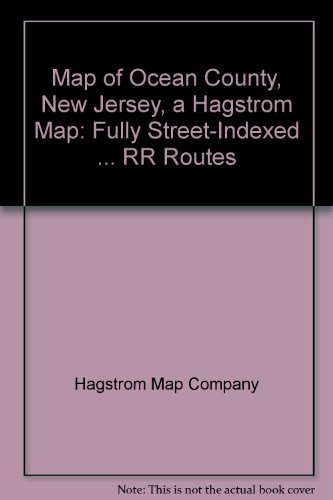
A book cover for Map of Ocean County, New Jersey, a Hagstrom Map: Fully Street-Indexed ... RR Routes; Hagstrom Map Company; Travel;